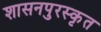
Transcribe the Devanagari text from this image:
शासनपुरस्कृत